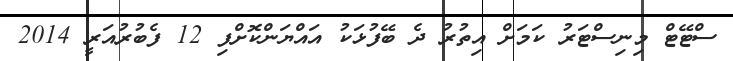
ސްޓޭޓް މިނިސްޓަރު ކަމަށް އިތުރު ދެ ބޭފުޅަކު އައްޔަންކޮށްފި 12 ފެބުރުއަރީ 2014